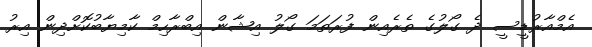
އެމްއާރުޑީސީ ދެ ގޯލުގެ ތެރެއިން ފުރަތަމަ ގޯލު އިޝާން އިބްރާހިމް ކާމިޔާބުކޮށްދިން އިރު